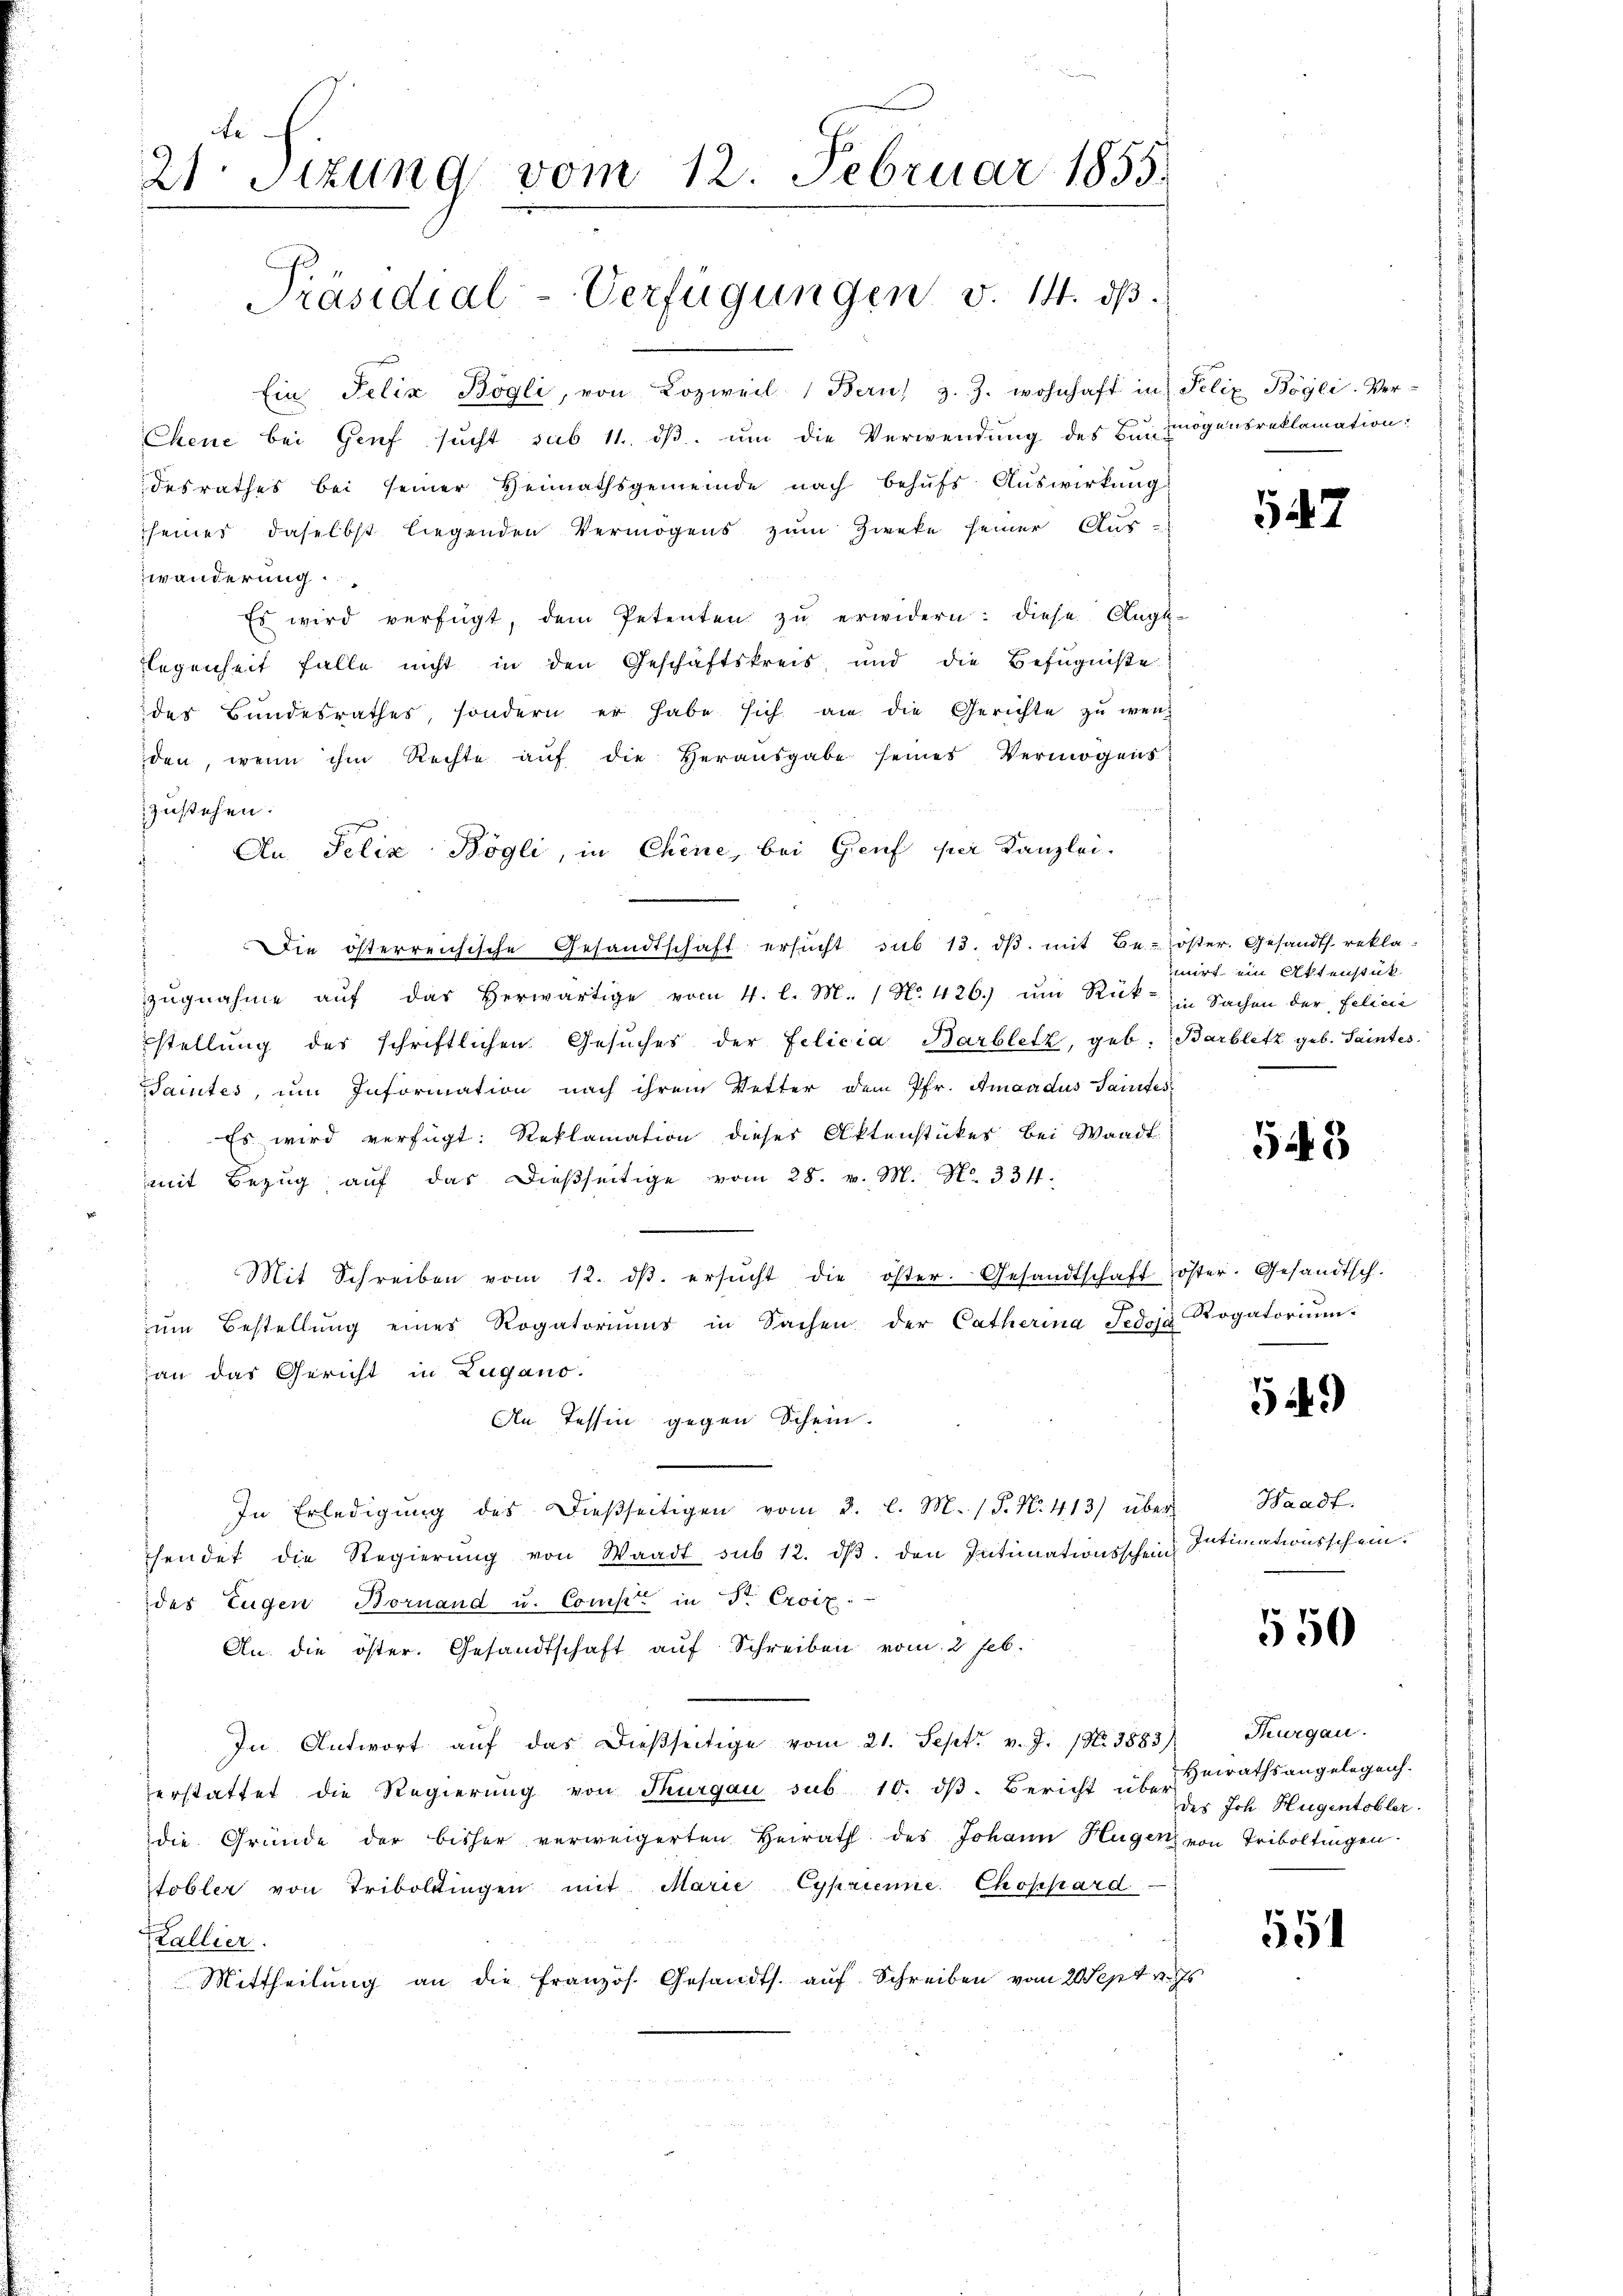
21. Sitzung vom 12. Februar 1855.

Präsidial-Verfügungen v. 14. dß.

Ein Felix Bogli, von Lozweil Bern z. Z. wohnhaft in Felix Bögli-Ver-
Chene bei Genf sucht sub 11. dβ. ŭm die Verwendung des Barmögensreklamation:
desrathes bei seiner Heimathsgemeinde nach behŭfs Auswirkung
seines daselbst liegenden Vermögens zum Zweke seiner Aus-
wänderung.
Es wird verfügt, dem Petenten zŭ erwidern: diese Ange-
legenheit falle nicht in den Geschäftskreis, und die Befugniße
der Bundesrathes, sondern er habe sich an die Gerichte zŭ wen
den, wenn ihm Rechte aŭf die Heraŭsgabe seines Vermögens
zustehen.
An Pelix Bögli, in Chine, bei Genf per Kanzlei-
Die österreichische Gesandtschaft ersŭcht sub 13. dβ. mit Be-öster. Gesandts. reklazŭgnahme aŭf das herwärtige vom 4. l. M. / No. 426.) ŭm Rück- in Sachen der Felicić
stellung des schriftlichen Gesŭches der Felicia Barblitz, geb. Barblitz geb. Saintes.
Saintes, um Information nach ihrem Vetter dem Pfr. Amandus Saites
 Es wird verfügt: Reklamation dieser Aktenstückes bei Waadt
mit Bezŭg aŭf das dießseitige vom 28. v. M. N. 334.
 Mit Schreiben vom 12. dβ. ersŭcht die öster. Gesandtschaft öster. Gesandtsch.
J
zum Bestellung eines Rogatoriums in Sachen der Catherina Fedose
han das Gericht in Zugano.
An Tessin gegen Schein.
In Erledigŭng des dießseitigen vom 3. l. M. (T. N. 413) über
hendet die Regierŭng von Waadt sub 12. dβ. den Intimationsschein Intimationsschein.
des Eugen Bornand u. Compt in Sr. Croix
An. die öster. Gesandtschaft auf Schreiben vom 2 Feb.
In Antwort aŭf das dießseitige vom 21. Sept. v. J. (N. 3883)
zerstattet die Regierung von Thurgau sub 10. dβ. Bericht über-
die Gründe der bisher verweigerten Heirath des Johann Hugen von Triboltingen.
tobler von Triboltingen mit Marie Cyprienne Choppard
Zallier.
Mittheilŭng an die französ. Gesandts. auf Schreiben vom 20 Sept v. Js

.

547

mirt ein Aktenstück

543

Rogatorium.

549

Waadt.

550

Thurgau.
Heirathsangelegen.
des Joh. Hugentobler.

551